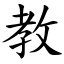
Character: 教